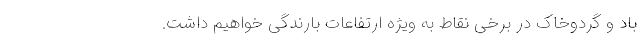
باد و گردوخاک در برخی نقاط به ویژه ارتفاعات بارندگی خواهیم داشت.